Punjab Mental Hospital Lahore 1922-31 - 1922-1931
Year: 1922
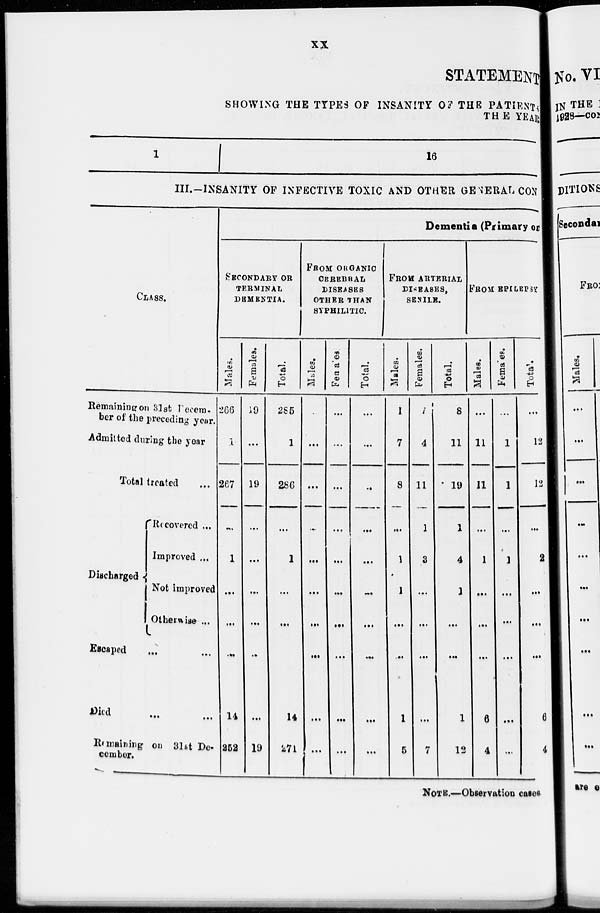
xx
STATEMENT
SHOWING THE TYPES OF INSANITY OF THE PATIENTS
THE YEAR
1
16
III.—INSANITY OF INFECTIVE TOXIC AND OTHER GENERAL CON
CLASS.
Remaining on 31st Decem-
ber of the preceding year.
Admitted during the year
Total treated ...
Discharged.
Recovered ...
Improved ...
Not improved
Otherwise ...
Escaped ... ...
Died ... ...
Remaining on 31st De-
cember.
Dementia (Primary or
SECONDARY OR
TERMINAL
DEMENTIA.
Males.
266
1
267
...
1
...
...
...
14
252
Females.
19
...
19
...
...
...
...
...
...
19
Total.
285
1
286
...
1
...
...
14
271
FROM ORGANIC
CEREBRAL
DISEASES
OTHER THAN
SYPHILITIC.
Males.
...
...
...
...
...
...
...
...
...
...
Females
...
...
...
...
...
...
...
...
...
...
Total.
...
...
...
...
...
...
...
...
...
...
FROM ARTERIAL
DISEASES,
SENILE.
Males.
1
7
8
...
1
1
...
....
1
5
Females.
7
4
11
1
3
...
...
...
...
7
Total.
8
11
19
1
4
1
...
...
1
12
FROM EPILEPSY
Males.
...
11
11
...
1
...
...
...
6
4
Females.
...
1
1
...
1
...
...
...
...
...
Total.
...
12
12
...
2
...
...
...
6
4
NOTE.—Observation cases